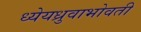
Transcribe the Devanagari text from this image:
ध्येयध्रुवाभोवती